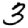
Digit: 3